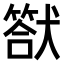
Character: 𤡿